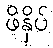
ဖိနှိပ်